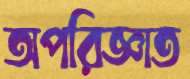
অপরিজ্ঞাত